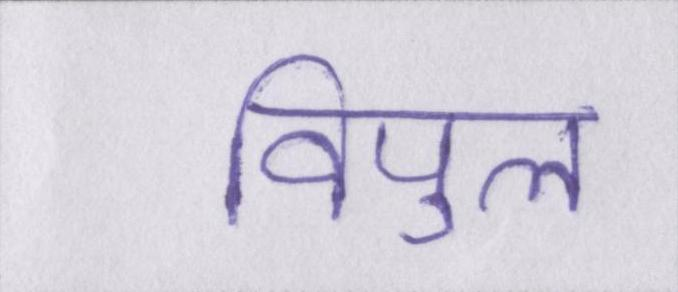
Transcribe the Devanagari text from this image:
विपुल